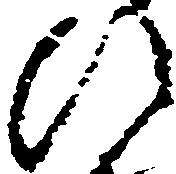
ひ